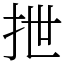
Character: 抴